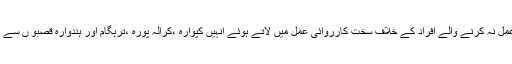
کپوارہ اور ہندوارہ پولیس نے لاک ڈائون پر عمل نہ کرنے والے افراد کے خلاف سخت کارروائی عمل میں لاتے ہوئے انہیں کپوارہ ،کرالہ پورہ ،ترہگام اور ہندوارہ قصبو ں سے زبر دستی نکال دیا اورمتعدد افراد کودھر لیا ۔